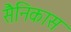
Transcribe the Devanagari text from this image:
सैनिकास